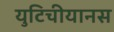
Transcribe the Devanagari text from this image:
युटिचीयानस